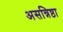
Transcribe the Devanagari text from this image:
असन्निष्ठा